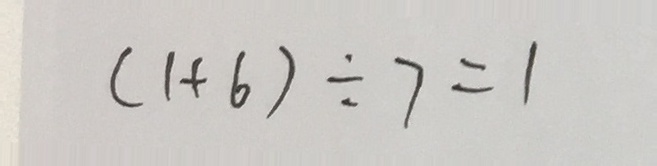
( 1 + 6 ) \div 7 = 1